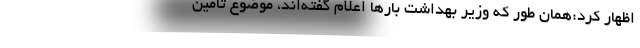
اظهار کرد:همان طور که وزیر بهداشت بار‌ها اعلام گفته‌اند، موضوع تأمین